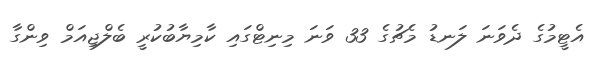
އެޓީމުގެ ދެވަނަ ލަނޑު މެޗުގެ 33 ވަނަ މިނިޓްގައި ކާމިޔާބުކުރީ ބެލްޖިއަމް ވިންގާ